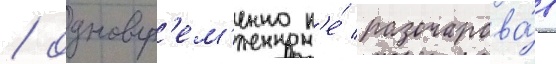
/ одновр'ем'енно н'е́ разочарова́в